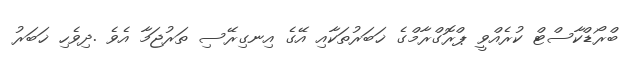
ބްރޯޑްކާސްޓް ކުރެއްވީ ޕްރޮގްރާމްގެ ޚަބަރުތަކާއި އޭގެ އިނގިރޭސި ތަރުޖަމާ އެވެ .ދިވެހި ޚަބަރު